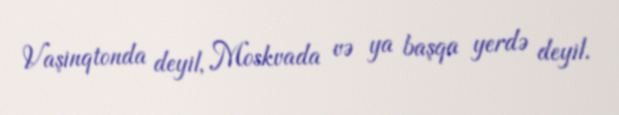
Vaşinqtonda deyil, Moskvada və ya başqa yerdə deyil.